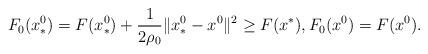
LaTeX: \begin{align*}F_0(x^0_*) =F(x^0_*)+\frac{1}{2\rho_0} \|x^0_*-x^0\|^2\geq F(x^*), F_0(x^0) =F(x^0).\end{align*}